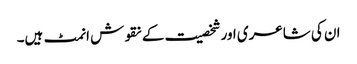
ان کی شاعری اور شخصیت کے نقوش انمٹ ہیں۔